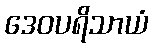
ဒေဝပရိသာယံ